Sanitation, dispensaries and jails vaccination Rajputana 1922-1927 - 1922-1927
Year: 1922
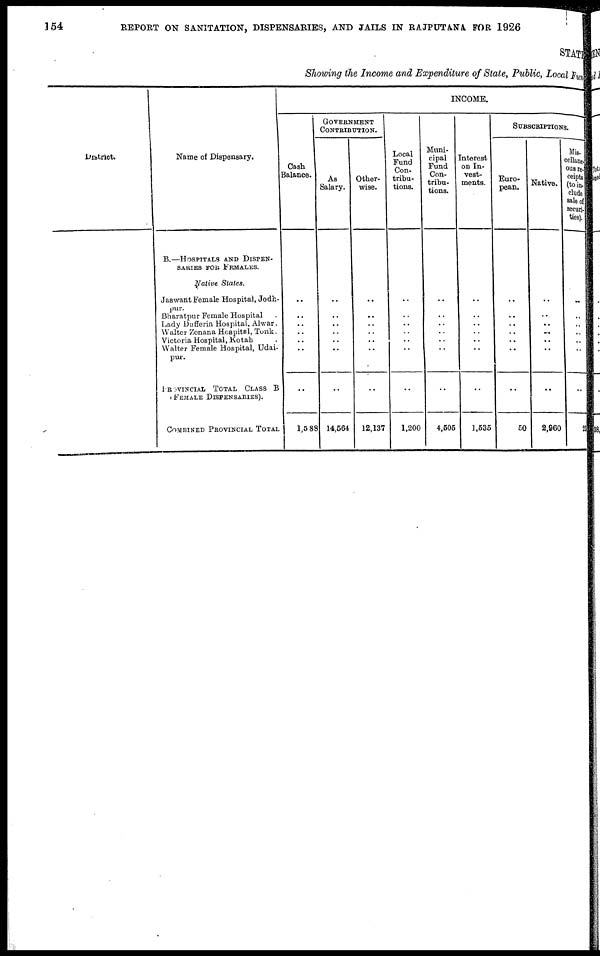
154
REPORT ON SANITATION, DISPENSARIES, AND JAILS IN RAJPUTANA FOR 1926
STATE
Showing the Income and Expenditure of State, Public, Local Fund
District.
Name of Dispensary.
B.—HOSPITALS AND DISPEN-
SARIES FOR FEMALES.
Native States.
Jaswant Female Hospital, Jodh-
pur.
Bharatpur Female Hospital .
Lady Dufferin Hospital, Alwar.
Walter Zenana Hospital, Tonk.
Victoria Hospital, Kotah .
Walter Female Hospital, Udai-
pur.
PROVINCIAL TOTAL CLASS B
FEMALE DISPENSARIES).
COMBINED PROVINCIAL TOTAL
INCOME.
Cash
Balance.
..
..
..
..
..
..
..
1,588
GOVERNMENT
CONTRIBUTION.
As
Salary.
..
..
..
..
..
..
..
14,564
Other-
wise.
..
..
..
..
..
..
..
12,137
Local
Fund
Con-
tribu-
tions.
..
..
..
..
..
..
..
1,200
Muni-
cipal
Fund
Con-
tribu-
tions.
..
..
..
..
..
..
..
4,505
Interest
on In-
vest-
ments.
..
..
..
..
..
..
..
1,535
SUBSCRIPTIONS.
Euro-
pean.
..
..
..
..
..
..
..
50
Native.
..
..
..
..
..
..
..
2,960
Mis-
cellane-
ous re-
ceipts
(to in-
clude
sale of
securi-
ties).
..
..
..
..
..
..
..
23